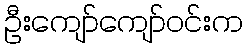
ဦးကျော်ကျော်ဝင်းက